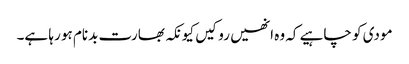
مودی کو چاہیے کہ وہ انھیں روکیں کیونکہ بھارت بدنام ہو رہا ہے۔